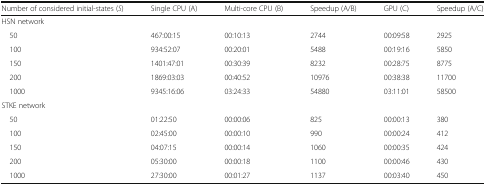
<table><thead><tr><td><b>Number of considered initial-states (<i>S</i>)</b></td><td><b>Single CPU (A)</b></td><td><b>Multi-core CPU (B)</b></td><td><b>Speedup (A/B)</b></td><td><b>GPU (C)</b></td><td><b>Speedup (A/C)</b></td></tr></thead><tbody><tr><td colspan="6">HSN network</td></tr><tr><td> 50</td><td>467:00:15</td><td>00:10:13</td><td>2744</td><td>00:09:58</td><td>2925</td></tr><tr><td> 100</td><td>934:52:07</td><td>00:20:01</td><td>5488</td><td>00:19:16</td><td>5850</td></tr><tr><td> 150</td><td>1401:47:01</td><td>00:30:39</td><td>8232</td><td>00:28:75</td><td>8775</td></tr><tr><td> 200</td><td>1869:03:03</td><td>00:40:52</td><td>10976</td><td>00:38:38</td><td>11700</td></tr><tr><td> 1000</td><td>9345:16:06</td><td>03:24:33</td><td>54880</td><td>03:11:01</td><td>58500</td></tr><tr><td colspan="6">STKE network</td></tr><tr><td> 50</td><td>01:22:50</td><td>00:00:06</td><td>825</td><td>00:00:13</td><td>380</td></tr><tr><td> 100</td><td>02:45:00</td><td>00:00:10</td><td>990</td><td>00:00:24</td><td>412</td></tr><tr><td> 150</td><td>04:07:15</td><td>00:00:14</td><td>1060</td><td>00:00:35</td><td>424</td></tr><tr><td> 200</td><td>05:30:00</td><td>00:00:18</td><td>1100</td><td>00:00:46</td><td>430</td></tr><tr><td> 1000</td><td>27:30:00</td><td>00:01:27</td><td>1137</td><td>00:03:40</td><td>450</td></tr></tbody></table>